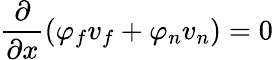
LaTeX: \frac{\partial}{\partial x}\left(\varphi_{f}v_{f}+\varphi_{n}v_{n}\right)=0